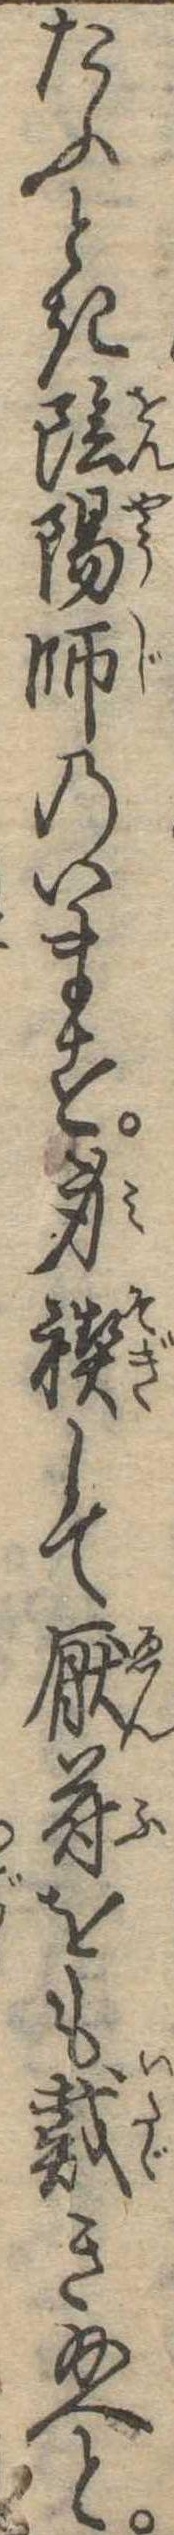
たふとき陰陽師のいます身禊して厭符をも戴き給へと